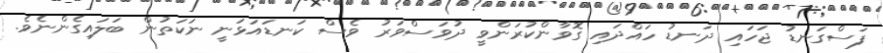
ފަސްގަނޑު ޖަހައި ދަނޑު ހައްދައި ގޮވާންކުރަންވީ ދުވަސްވަރު ވެސް ކަނޑައަޅަނީ ނަކަތުން ބަލައިގެންނެވެ.